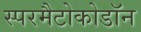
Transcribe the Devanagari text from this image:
स्परमैटोकोडॉन